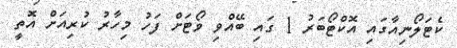
ކެޓަލޯނިއާގައި އޮކްޓޯބަރު 1 ގައި ބޭއްވި ވޯޓަށް ފަހު މިހާރު ކުރިއަށް އޮތީ